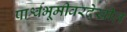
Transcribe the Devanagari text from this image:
पार्श्वभूमीवरदेखील